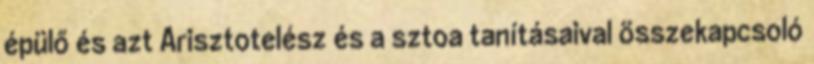
épülő és azt Arisztotelész és a sztoa tanításaival összekapcsoló